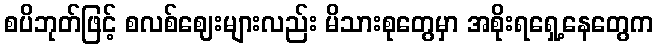
စပိဘုတ်ဖြင့် စလစ်ဈေးများလည်း မိသားစုတွေမှာ အစိုးရရှေ့နေတွေက